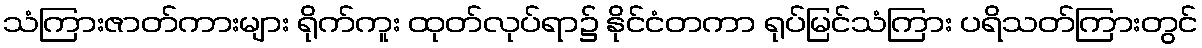
သံကြားဇာတ်ကားများ ရိုက်ကူး ထုတ်လုပ်ရာ၌ နိုင်ငံတကာ ရုပ်မြင်သံကြား ပရိသတ်ကြားတွင်